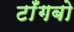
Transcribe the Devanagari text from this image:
टाँगबो